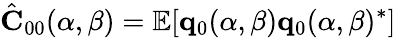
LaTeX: \hat{\mathbf C}_{00}(\alpha,\beta)=\mathbb{E}[{\mathbf q}_{0}(\alpha,\beta){\mathbf q}_{0}(\alpha,\beta)^{*}]